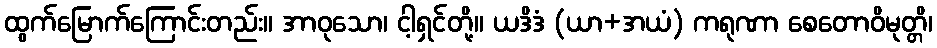
ထွက်မြောက်ကြောင်းတည်း။ အာဝုသော၊ ငါ့ရှင်တို့။ ယဒိဒံ (ယာ+အယံ) ကရုဏာ စေတောဝိမုတ္တိ၊